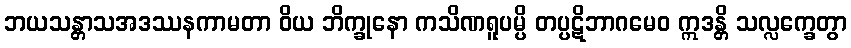
ဘယသန္တာသအဒဿနကာမတာ ဝိယ ဘိက္ခုနော ကသိဏရူပမ္ပိ တပ္ပဋိဘာဂမေဝ ဣဒန္တိ သလ္လက္ခေတွာ